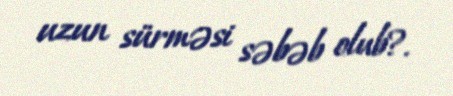
uzun sürməsi səbəb olub?.